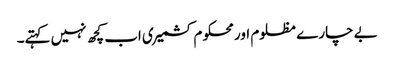
بے چارے مظلوم اور محکوم کشمیری اب کچھ نہیں کہتے۔